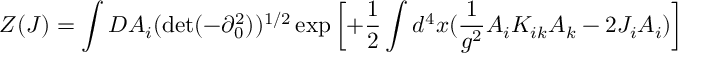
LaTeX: Z ( J ) = \int D A _ { i } ( \operatorname * { d e t } ( - \partial _ { 0 } ^ { 2 } ) ) ^ { 1 / 2 } \exp \left[ + \frac { 1 } { 2 } \int d ^ { 4 } x ( \frac { 1 } { g ^ { 2 } } A _ { i } K _ { i k } A _ { k } - 2 J _ { i } A _ { i } ) \right]